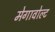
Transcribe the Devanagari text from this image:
मेगावोल्ट